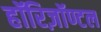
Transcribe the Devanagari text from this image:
हॉरिज़ॉण्टल